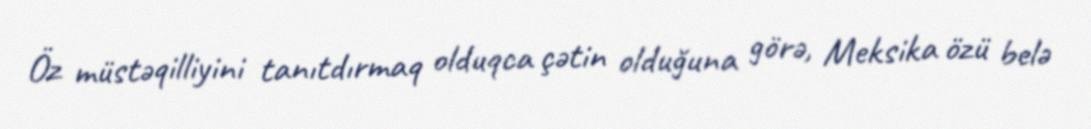
Öz müstəqilliyini tanıtdırmaq olduqca çətin olduğuna görə, Meksika özü belə